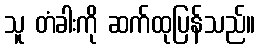
သူ တံခါးကို ဆက်ထုပြန်သည်။